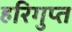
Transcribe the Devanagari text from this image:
हरिगुप्त